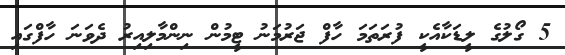
5 ގޯލުގެ ލީޑަކާއެކީ ފުރަތަމަ ހާފް ޖަރުމަނު ޓީމުން ނިންމާލިއިރު ދެވަނަ ހާފްގައި